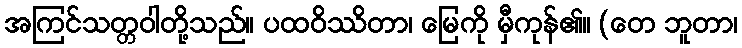
အကြင်သတ္တဝါတို့သည်။ ပထဝိဿိတာ၊ မြေကို မှီကုန်၏။ (တေ ဘူတာ၊